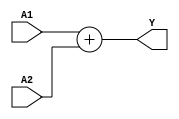
module add #(parameter Width = 32) 
(input [Width-1:0] A1, A2,
output [Width-1:0] Y);
assign Y = A1 + A2;
endmodule